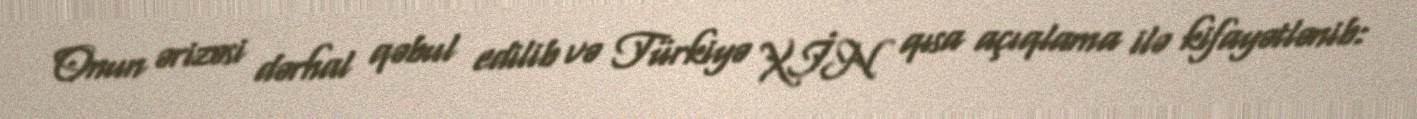
Onun ərizəsi dərhal qəbul edilib və Türkiyə XİN qısa açıqlama ilə kifayətlənib: